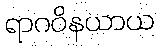
ရာဂဝိနယာယ